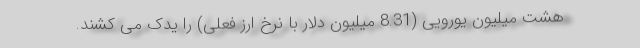
هشت میلیون یورویی (8.31 میلیون دلار با نرخ ارز فعلی) را یدک می کشند.